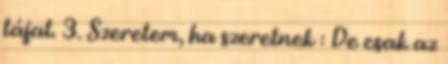
tájat. 3. Szeretem, ha szeretnek : De csak az